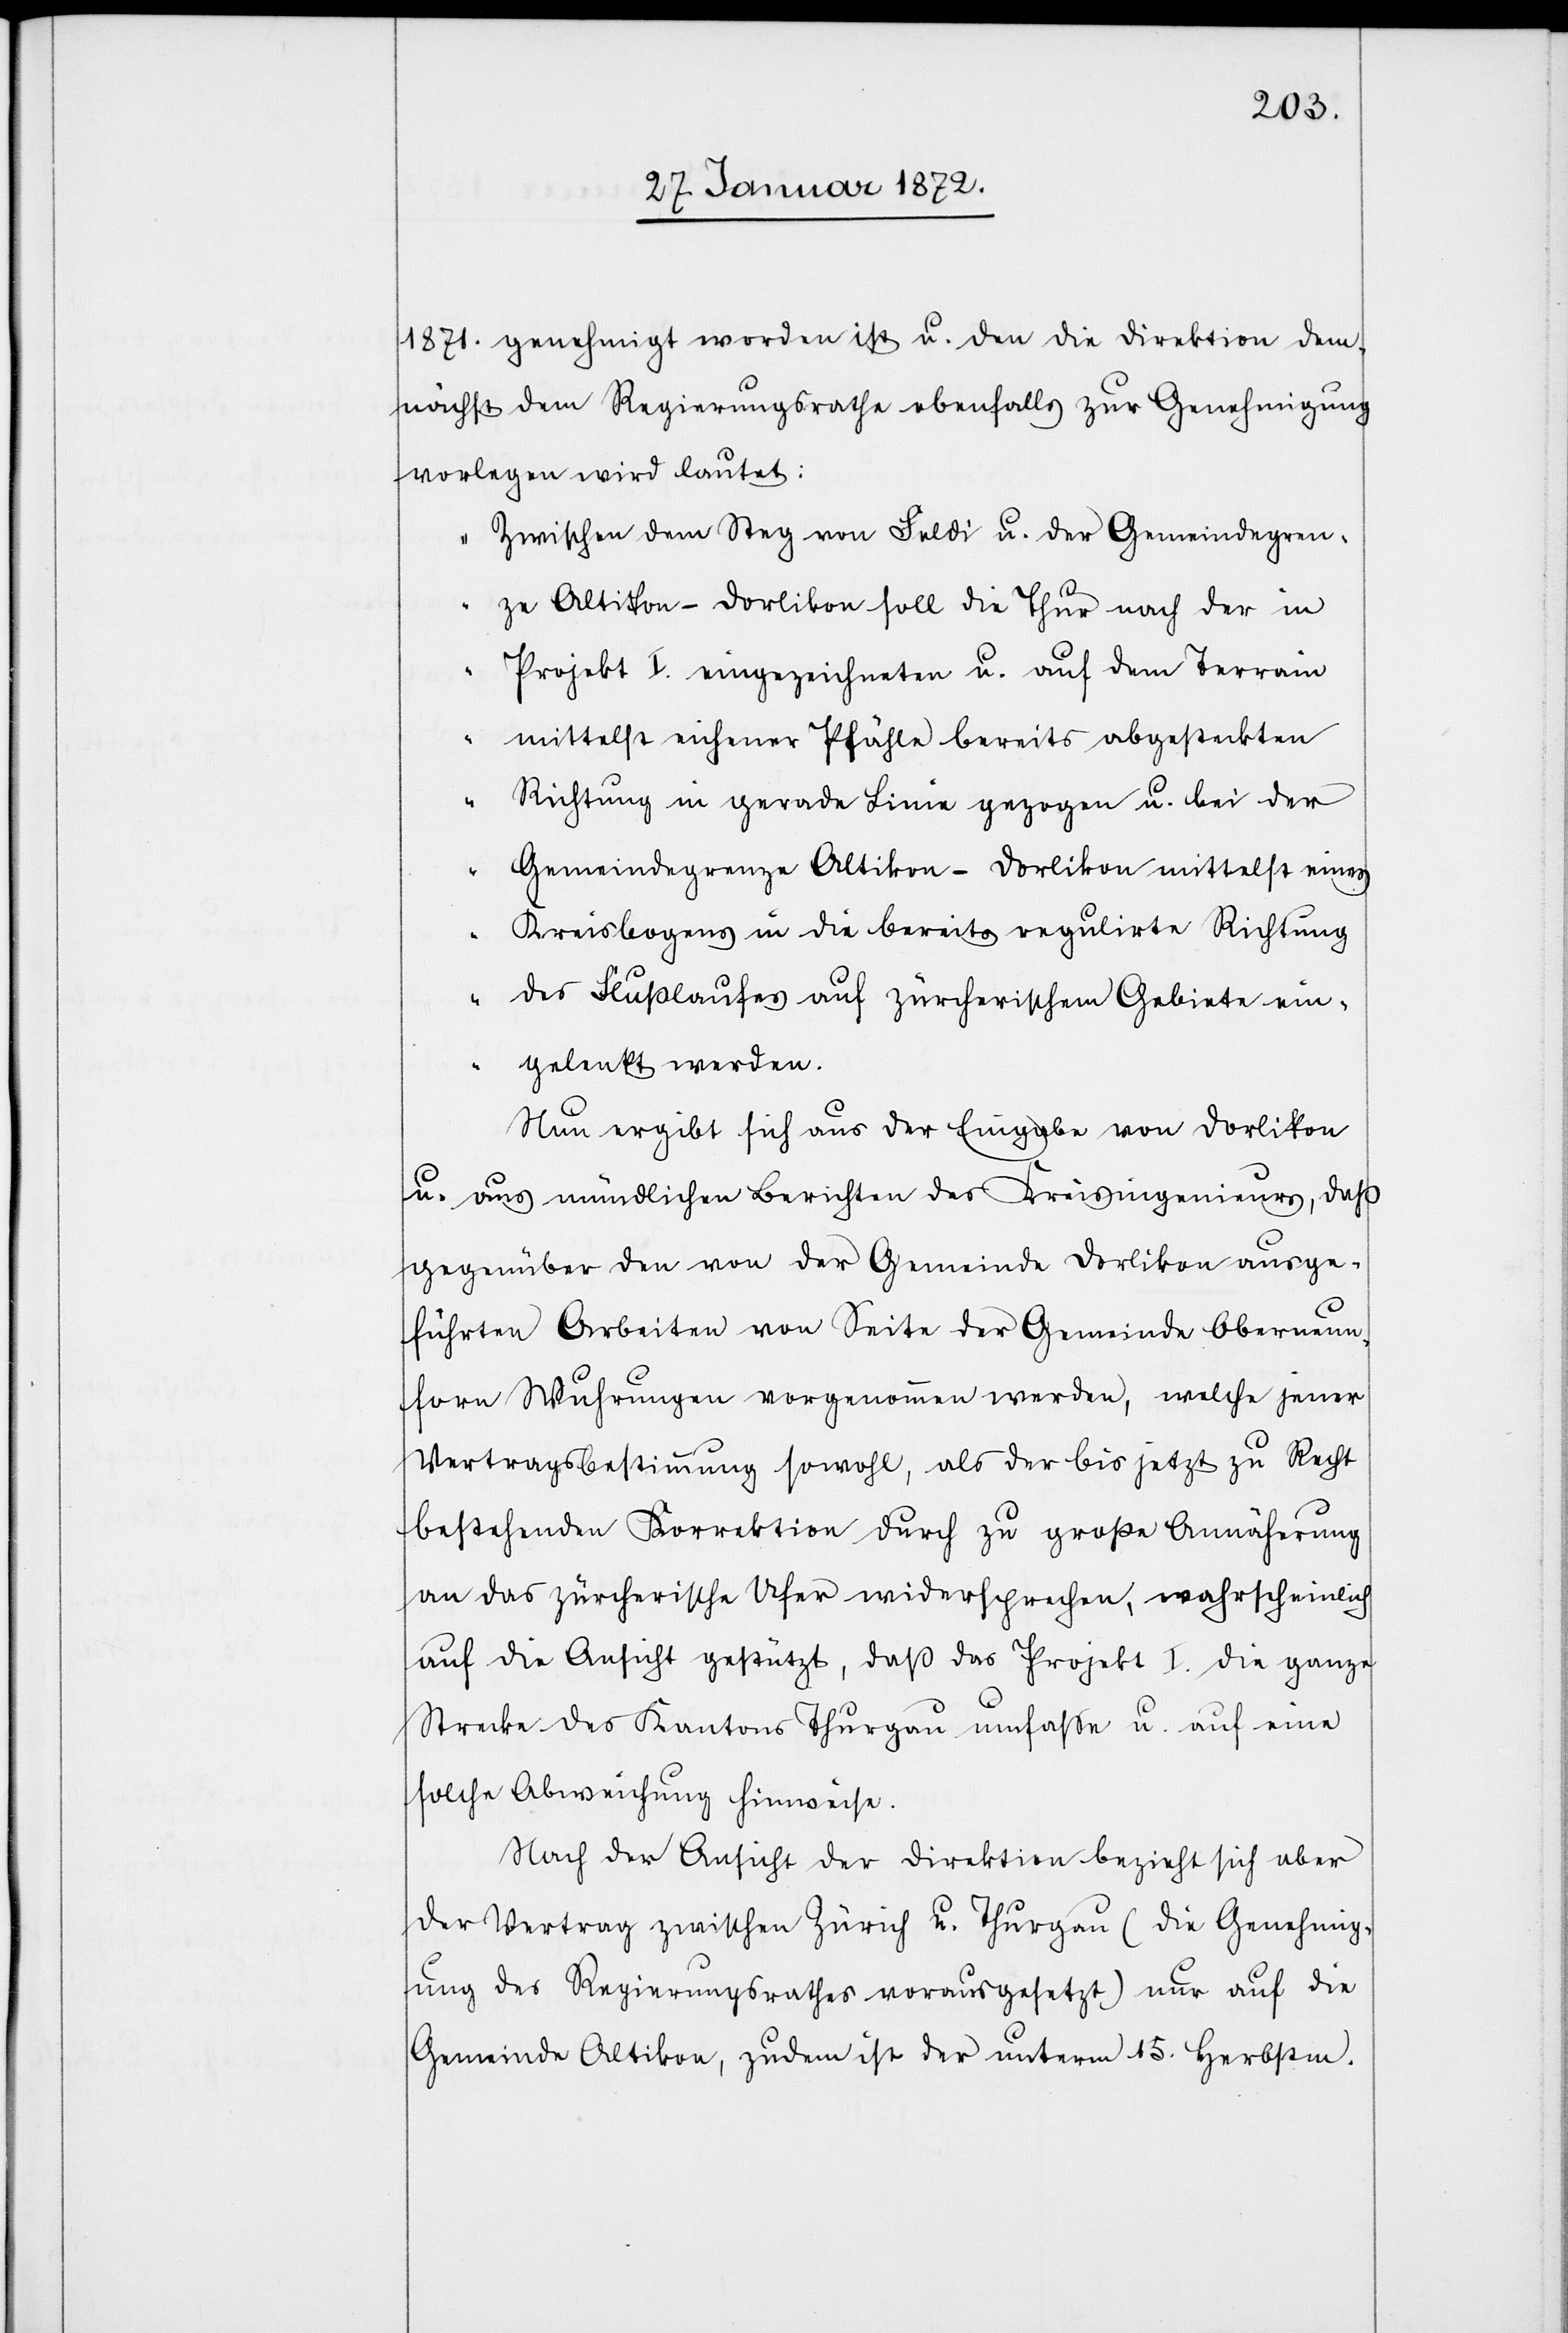
1871. genehmigt worden ist u. den die Direktion dem¬
nächst dem Regierungsrathe ebenfalls zur Genehmigung
vorlegen wird lautet:
„Zwischen dem Steg von Feldi u. der Gemeindegren¬
ze Altikon-Dorlikon soll die Thur nach der in
Projekt I. eingezeichneten u. auf dem Terrain
mittelst eichener Pfähle bereits abgesteckten
Richtung in gerade Linie gezogen u. bei der
Gemeindegrenze Altikon-Dorlikon mittelst eines
Kreisbogens in die bereits regulirte Richtung
des Flußlaufes auf zürcherischem Gebiete ein¬
gelenkt werden.“
Nun ergibt sich aus der Eingabe von Dorlikon
u. aus mündlichen Berichten des Kreisingenieurs, daß
gegenüber den von der Gemeinde Dorlikon ausge¬
führten Arbeiten von Seite der Gemeinde Oberneun¬
forn Wuhrungen vorgenommen werden, welche jener
Vertragsbestimmung sowohl [sic!], als der bis jetzt zu Recht
bestehenden Korrektion durch zu große Annäherung
an das zürcherische Ufer widersprechen, wahrscheinlich
auf die Ansicht gestützt, daß das Projekt I. die ganze
Strecke des Kantons Thurgau umfasse u. auf eine
solche Abweichung hinweise.
Nach der Ansicht der Direktion bezieht sich aber
der Vertrag zwischen Zürich u. Thurgau (die Genehmig¬
ung des Regierungsrathes vorausgesetzt) nur auf die
Gemeinde Altikon, zudem ist der unterm 15. Herbstm.